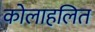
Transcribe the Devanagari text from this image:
कोलाहलित